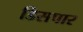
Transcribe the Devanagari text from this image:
डिसपार